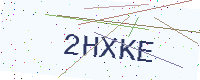
Text: 2HXKE